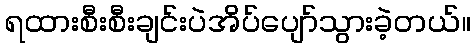
ရထားစီးစီးချင်းပဲအိပ်ပျော်သွားခဲ့တယ်။